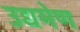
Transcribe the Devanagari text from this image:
उद्यमेण